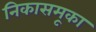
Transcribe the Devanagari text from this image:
निकासमूका